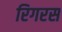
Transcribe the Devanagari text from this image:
रिगरस